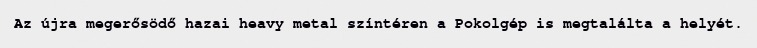
Az újra megerősödő hazai heavy metal színtéren a Pokolgép is megtalálta a helyét.